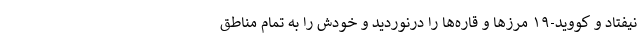
نیفتاد و کووید-۱۹ مرزها و قاره‌ها را درنوردید و خودش را به تمام مناطق